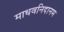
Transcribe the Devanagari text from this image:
माधवनिदानम